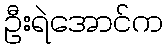
ဦးရဲအောင်က